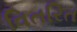
વિતરિત